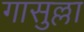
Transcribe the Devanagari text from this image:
गासुल्ला